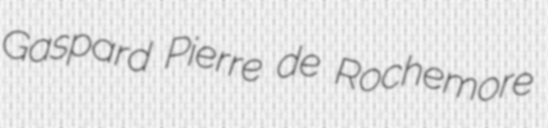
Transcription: Gaspard Pierre de Rochemore